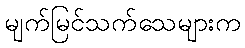
မျက်မြင်သက်သေများက